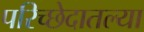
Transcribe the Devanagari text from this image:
परिच्छेदातल्या